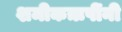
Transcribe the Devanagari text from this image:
शमीकऋषींनी